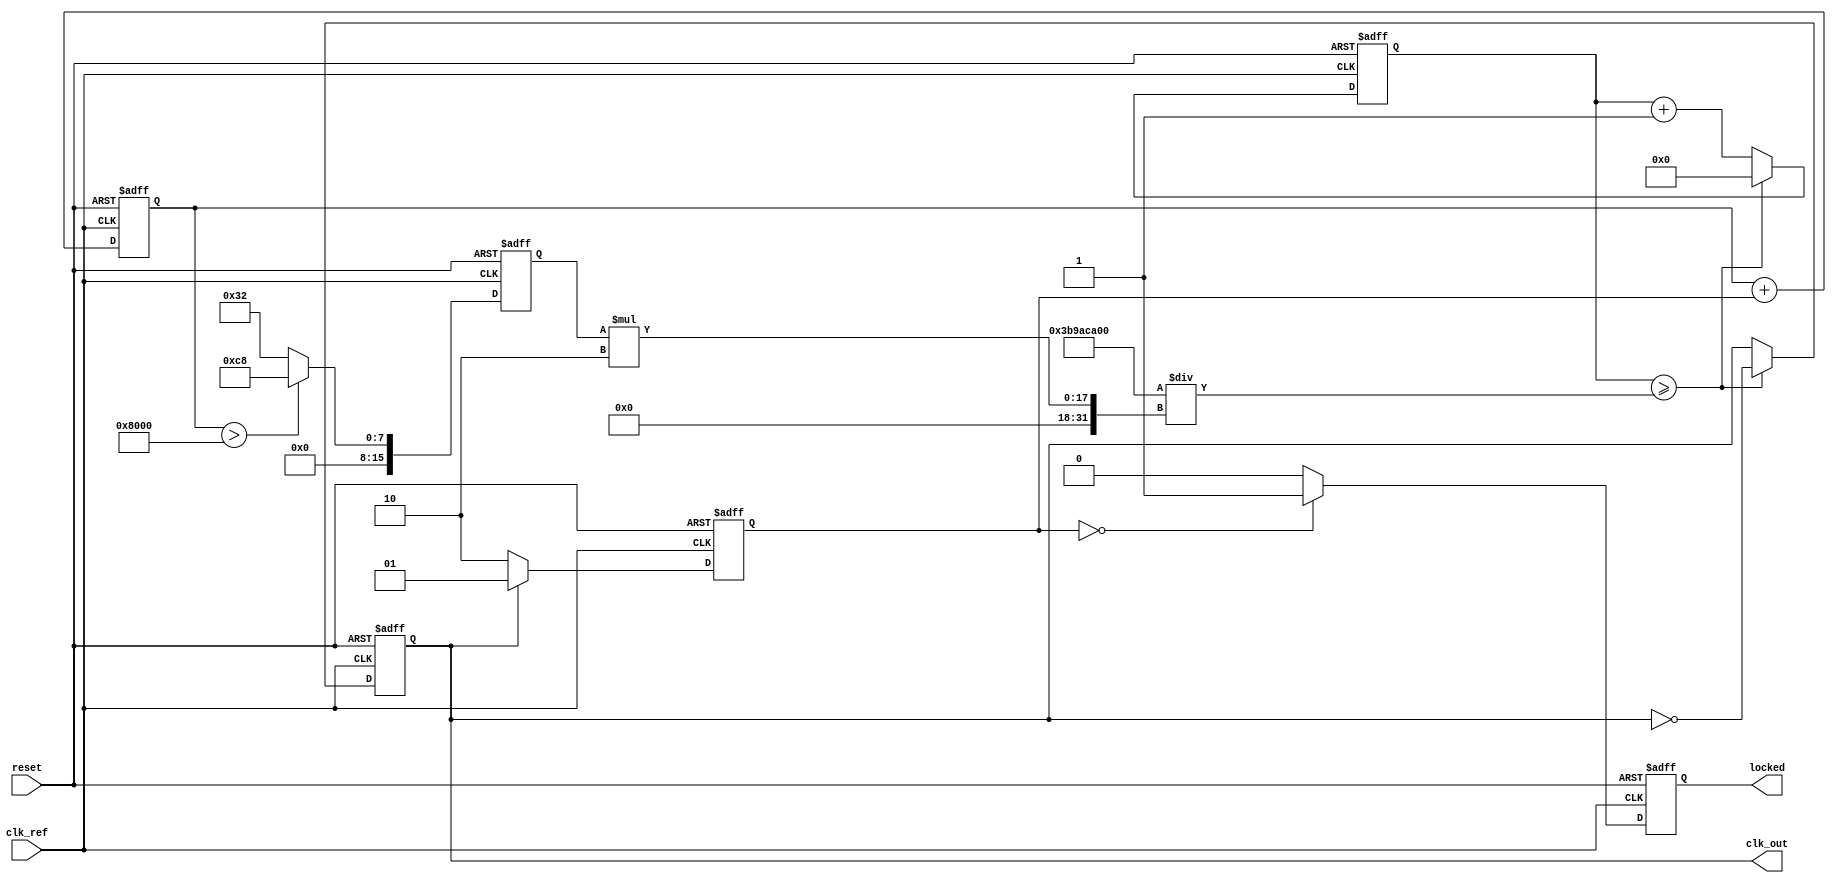
module low_jitter_pll (
    input wire clk_ref,          // Reference clock input
    input wire reset,            // Asynchronous reset
    output reg clk_out,          // PLL output clock
    output reg locked            // Lock status indicator
);

    // Parameters
    parameter integer DIV_FACTOR = 4; // Feedback divider factor
    parameter integer VCO_MAX_FREQ = 200; // Max VCO frequency in MHz
    parameter integer VCO_MIN_FREQ = 50;  // Min VCO frequency in MHz

    // Internal signals
    reg [1:0] phase_detector_out; // Output of the phase detector
    reg [15:0] loop_filter_out;    // Output of the loop filter (control voltage)
    reg [15:0] vco_freq;           // Current VCO frequency
    reg [31:0] counter;            // Counter for clock generation
    reg [31:0] vco_counter;        // VCO counter for generating output clock

    // Phase Detector (PD)
    always @(posedge clk_ref or posedge reset) begin
        if (reset) begin
            phase_detector_out <= 2'b00;
        end else begin
            // Simple phase detection logic (example)
            // Compare reference clock with feedback clock
            if (clk_out) begin
                phase_detector_out <= 2'b01; // Reference leads feedback
            end else begin
                phase_detector_out <= 2'b10; // Feedback leads reference
            end
        end
    end

    // Loop Filter (LF)
    always @(posedge clk_ref or posedge reset) begin
        if (reset) begin
            loop_filter_out <= 16'b0;
        end else begin
            // Simple first-order filter (example)
            loop_filter_out <= loop_filter_out + phase_detector_out;
        end
    end

    // Voltage-Controlled Oscillator (VCO)
    always @(posedge clk_ref or posedge reset) begin
        if (reset) begin
            vco_freq <= VCO_MIN_FREQ; // Start at minimum frequency
            clk_out <= 0;
            vco_counter <= 0;
            locked <= 0;
        end else begin
            // Adjust VCO frequency based on loop filter output
            if (loop_filter_out > 16'h8000) begin
                vco_freq <= VCO_MAX_FREQ; // Max frequency
            end else begin
                vco_freq <= VCO_MIN_FREQ; // Min frequency
            end

            // Generate VCO output clock
            vco_counter <= vco_counter + 1;
            if (vco_counter >= (1000000000 / (vco_freq * 2))) begin // Adjust for frequency
                clk_out <= ~clk_out;
                vco_counter <= 0;
            end

            // Lock detection logic (example)
            if (phase_detector_out == 2'b00) begin
                locked <= 1; // Locked when phase detector output is neutral
            end else begin
                locked <= 0;
            end
        end
    end

    // Feedback Divider
    reg [31:0] divider_counter;
    always @(posedge clk_out or posedge reset) begin
        if (reset) begin
            divider_counter <= 0;
        end else begin
            divider_counter <= divider_counter + 1;
            if (divider_counter >= DIV_FACTOR) begin
                divider_counter <= 0;
                // Feedback logic can be implemented here if needed
            end
        end
    end

endmodule